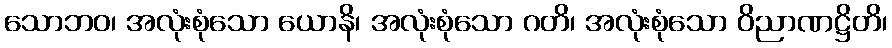
သောဘဝ၊ အလုံးစုံသော ယောနိ၊ အလုံးစုံသော ဂတိ၊ အလုံးစုံသော ဝိညာဏဋ္ဌိတိ၊